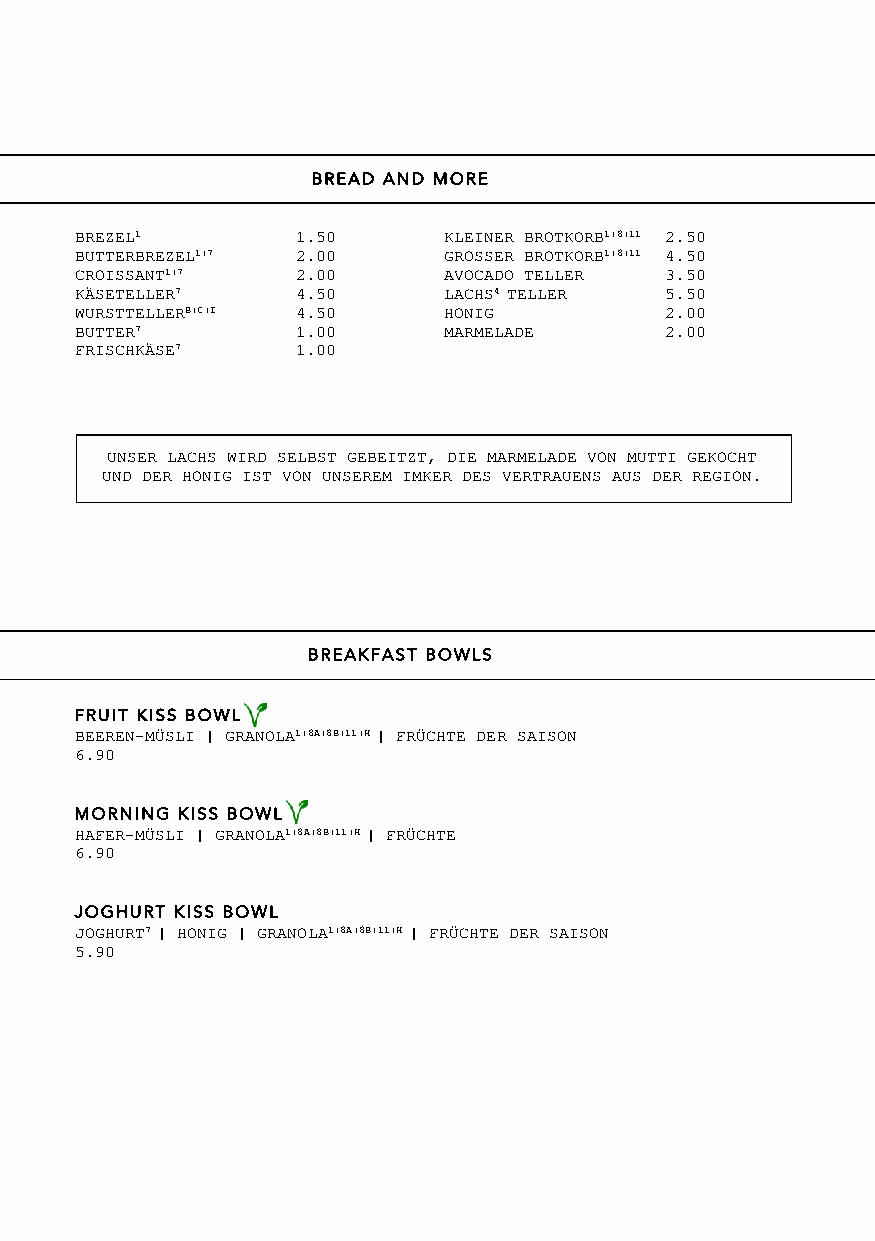
BREAD AND MORE
 BREZEL1        1.50     KLEINER BROTKORB1|8|11 2.50
 BUTTERBREZEL1|7 2.00    GROSSER BROTKORB1|8|11 4.50
 CROISSANT1|7   2.00     AVOCADO TELLER 3.50
 KÄSETELLER7    4.50     LACHS4 TELLER  5.50
 WURSTTELLERB|C|I 4.50   HONIG          2.00
 BUTTER7        1.00     MARMELADE      2.00
 FRISCHKÄSE7    1.00
 UNSER LACHS WIRD SELBST GEBEITZT, DIE MARMELADE VON MUTTI GEKOCHT
 UND DER HONIG IST VON UNSEREM IMKER DES VERTRAUENS AUS DER REGION.
 BREAKFAST BOWLS
 FRUIT KISS BOWL
 BEEREN-MÜSLI | GRANOLA1|8A|8B|11|H | FRÜCHTE DER SAISON
 6.90
 MORNING KISS BOWL
 HAFER-MÜSLI | GRANOLA1|8A|8B|11|H | FRÜCHTE
 6.90
 JOGHURT KISS BOWL
 JOGHURT7 | HONIG | GRANOLA1|8A|8B|11|H | FRÜCHTE DER SAISON
 5.90